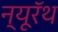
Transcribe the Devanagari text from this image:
न्यूरॅथ